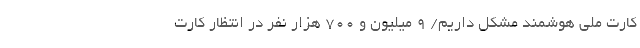
کارت ملی هوشمند مشکل داریم/ ۹ میلیون و ۷۰۰ هزار نفر در انتظار کارت